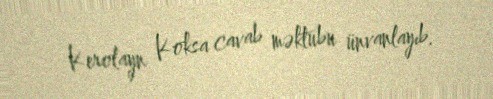
Kerolayn Koksa cavab məktubu ünvanlayıb.